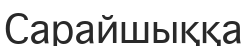
Сарайшыққа